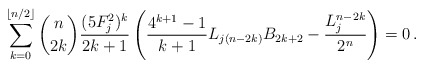
\begin{align*}\sum_{k=0}^{\lfloor{n}/{2}\rfloor}\binom{n}{2k} \frac{(5F^2_j)^k}{2k+1} \left(\frac{4^{k+1}-1}{k+1}L_{j(n-2k)}{B_{2k+2}}-\frac{L_j^{n-2k}}{2^n}\right) = 0\,.\end{align*}